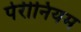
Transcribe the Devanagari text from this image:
पेरीनियम